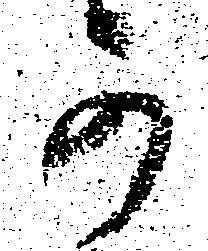
可